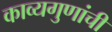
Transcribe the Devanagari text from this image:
काव्यगुणांची